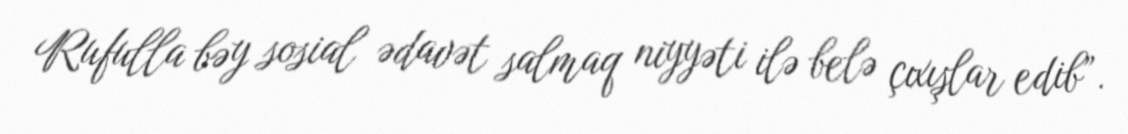
Rufulla bəy sosial ədavət salmaq niyyəti ilə belə çıxışlar edib”.